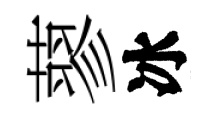
蓼冰